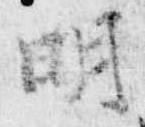
明